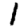
Digit: 1